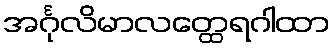
အင်္ဂုလိမာလတ္ထေရဂါထာ